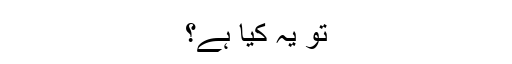
تو یہ کیا ہے؟